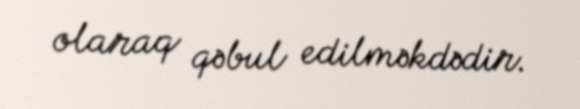
olaraq qəbul edilməkdədir.